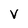
Character: v